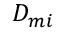
D _ { m i }